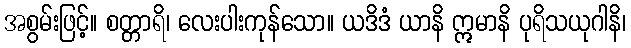
အစွမ်းဖြင့်။ စတ္တာရိ၊ လေးပါးကုန်သော။ ယဒိဒံ ယာနိ ဣမာနိ ပုရိသယုဂါနိ၊